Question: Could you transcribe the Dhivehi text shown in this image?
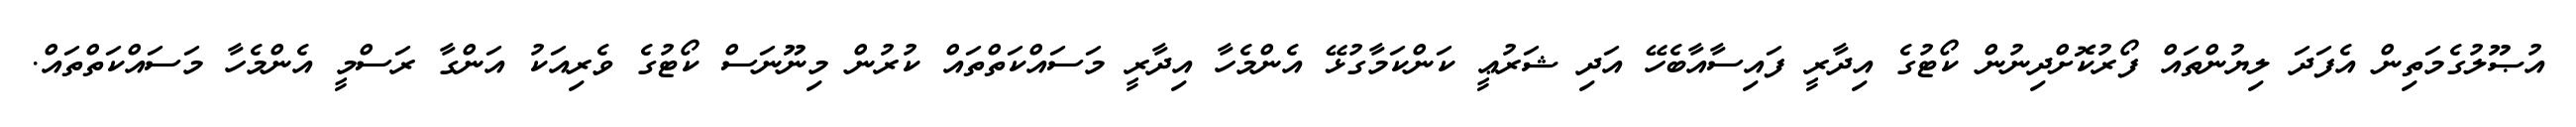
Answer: އުޞޫލުގެމަތިން އެފަދަ ލިޔުންތައް ފޯރުކޮށްދިނުން ކޯޓުގެ އިދާރީ ފައިސާއާބެހޭ އަދި ޝަރުޢީ ކަންކަމާގުޅޭ އެންމެހާ އިދާރީ މަސައްކަތްތައް ކުރުން މިނޫނަސް ކޯޓުގެ ވެރިއަކު އަންގާ ރަސްމީ އެންމެހާ މަސައްކަތްތައް.